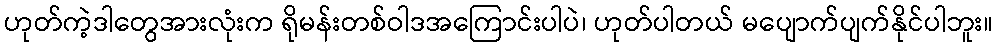
ဟုတ်ကဲ့ဒါတွေအားလုံးက ရိုမန်းတစ်ဝါဒအကြောင်းပါပဲ၊ ဟုတ်ပါတယ် မပျောက်ပျက်နိုင်ပါဘူး။